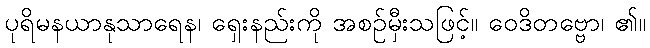
ပုရိမနယာနုသာရေန၊ ရှေးနည်းကို အစဉ်မှီးသဖြင့်။ ဝေဒိတဗ္ဗော၊ ၏။